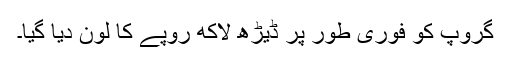
گروپ کو فوری طور پر ڈیڑھ لاکھ روپے کا لون دیا گیا۔